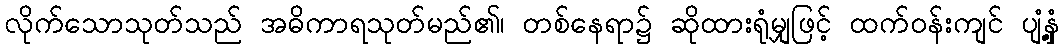
လိုက်သောသုတ်သည် အဓိကာရသုတ်မည်၏၊ တစ်နေရာ၌ ဆိုထားရုံမျှဖြင့် ထက်ဝန်းကျင် ပျံ့နှံ့